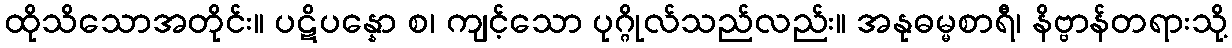
ထိုသိသောအတိုင်း။ ပဋိပန္နော စ၊ ကျင့်သော ပုဂ္ဂိုလ်သည်လည်း။ အနုဓမ္မစာရီ၊ နိဗ္ဗာန်တရားသို့